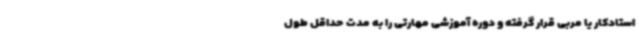
استادکار یا مربی قرار گرفته و دوره آموزشی مهارتی را به مدت حداقل طول